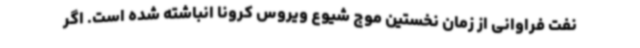
نفت فراوانی از زمان نخستین موج شیوع ویروس کرونا انباشته شده است. اگر